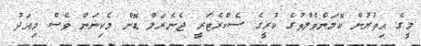
މީގެ އިތުރުން ކޮމަންވެލްތުގެ ކުރީގެ ސެކްރެޓަރީ ޖެނެރަލް ޑޮން މެކިނަން ވެސް މިއަދު